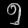
Digit: ၅